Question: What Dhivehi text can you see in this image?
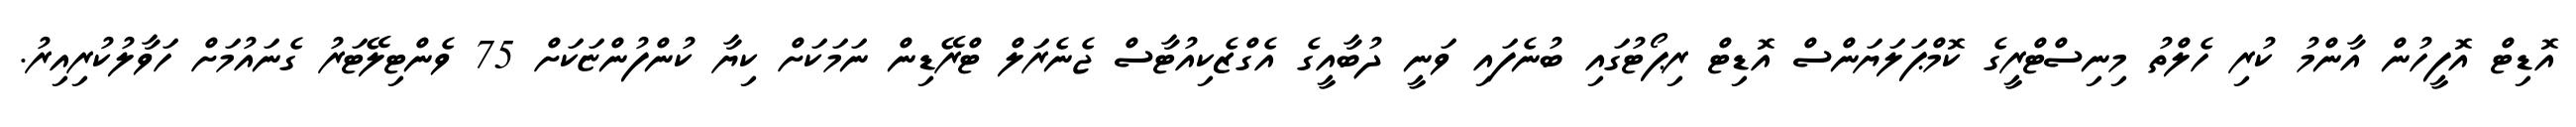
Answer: އޮޑިޓް އޮފީހުން އާންމު ކުރި ހެލްތު މިނިސްޓްރީގެ ކޮމްޕަލަޔަންސް އޮޑިޓް ރިޕޯޓުގައި ބުނެފައި ވަނީ ދުބާއީގެ އެގްޒެކިއުޓާސް ޖެނެރަލް ޓްރޭޑިން ނަމަކަށް ކިޔާ ކުންފުންޏަކަށް 75 ވެންޓިލޭޓަރު ގެނައުމަށް ހަވާލުކުރިއިރު.